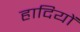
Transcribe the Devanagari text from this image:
हादियों